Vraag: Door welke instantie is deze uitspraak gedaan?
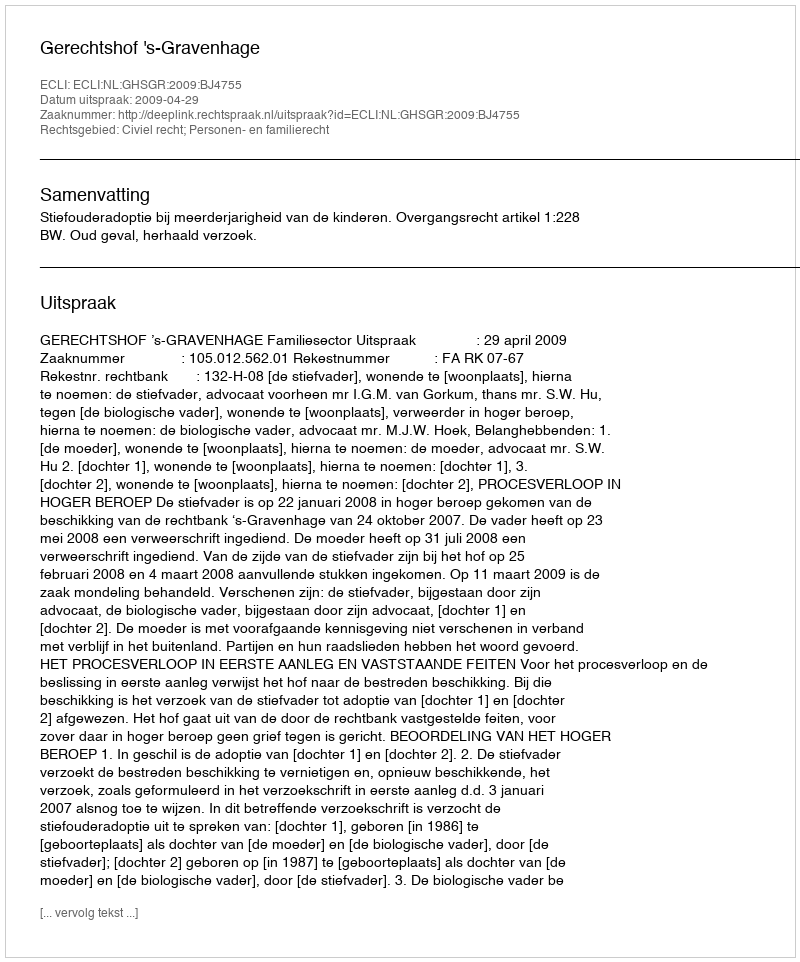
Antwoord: Gerechtshof 's-Gravenhage